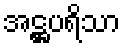
အဋ္ဌပရိသာ